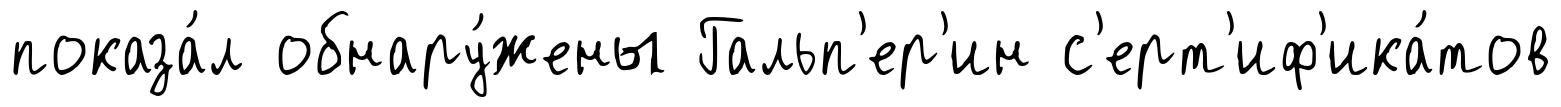
показа́л обнару́жены Гальп'ер'ин с'ерт'иф'ика́тов